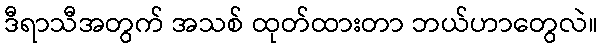
ဒီရာသီအတွက် အသစ် ထုတ်ထားတာ ဘယ်ဟာတွေလဲ။